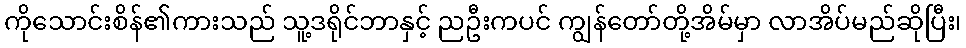
ကိုသောင်းစိန်၏ကားသည် သူ့ဒရိုင်ဘာနှင့် ညဦးကပင် ကျွန်တော်တို့အိမ်မှာ လာအိပ်မည်ဆိုပြီး၊